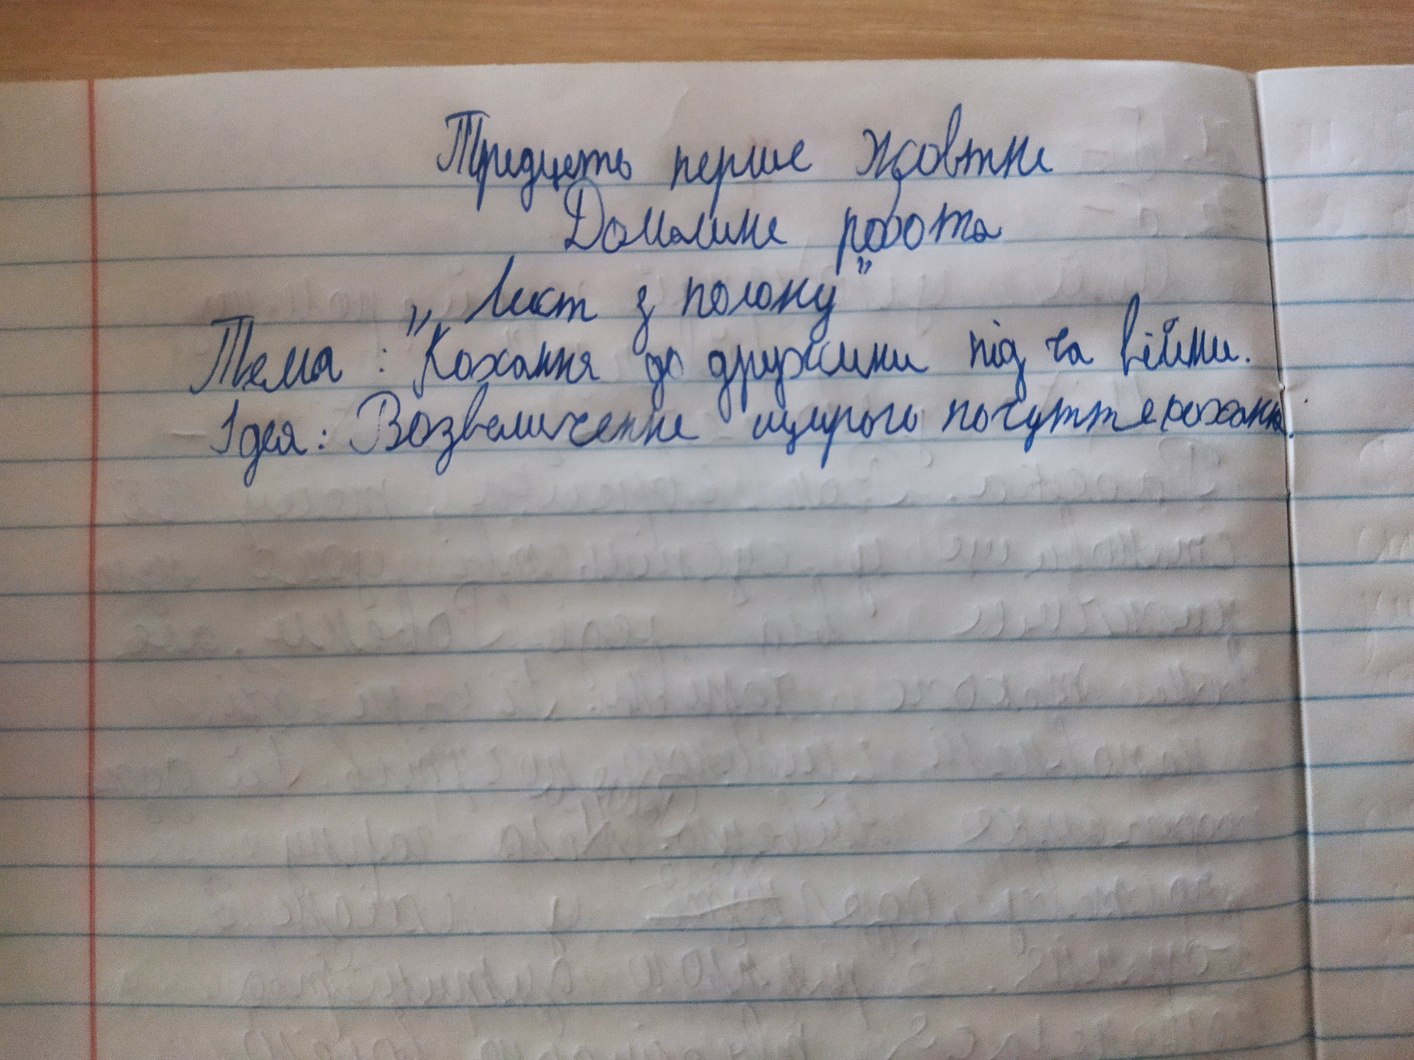
Тридцять перше жовтня
Домашня робота
"Лист з полону"
Тема: "Кохання до дружини під час війни.
Ідея: Возвеличення щирого почуття кохання